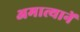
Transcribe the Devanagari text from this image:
अमात्यानें